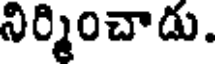
నిర్మించాడు.